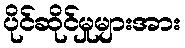
ပိုင်ဆိုင်မှုများအား